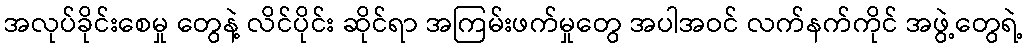
အလုပ်ခိုင်းစေမှု တွေနဲ့ လိင်ပိုင်း ဆိုင်ရာ အကြမ်းဖက်မှုတွေ အပါအဝင် လက်နက်ကိုင် အဖွဲ့တွေရဲ့